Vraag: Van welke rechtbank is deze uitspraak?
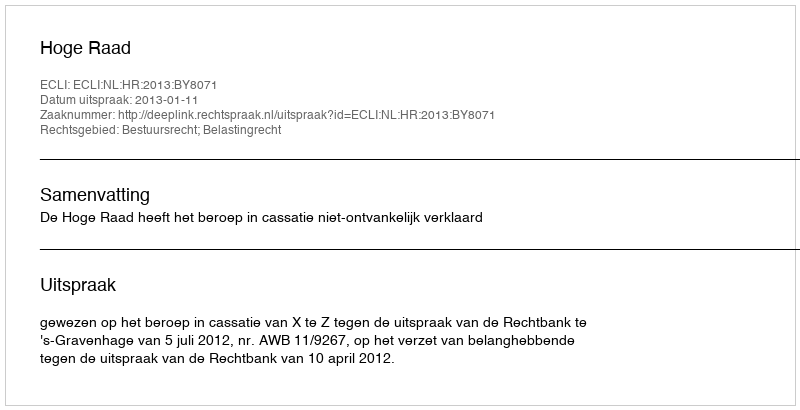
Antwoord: Hoge Raad